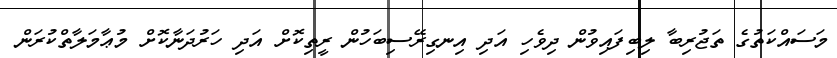
މަސައްކަތުގެ ތަޖުރިބާ ލިބިފައިވުން ދިވެހި އަދި އިނގިރޭސިބަހުން ރީތިކޮށް އަދި ހަރުދަނާކޮށް މުޢާމަލާތްކުރަން